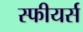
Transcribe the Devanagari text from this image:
स्फीयर्स